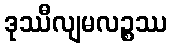
ဒုဿီလျမလဉ္စဿ